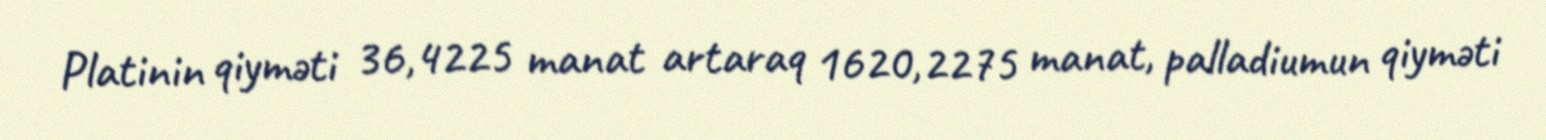
Platinin qiyməti 36,4225 manat artaraq 1620,2275 manat, palladiumun qiyməti